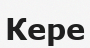
Кере